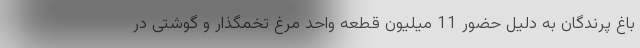
باغ پرندگان به دلیل حضور 11 میلیون قطعه واحد مرغ تخمگذار و گوشتی در